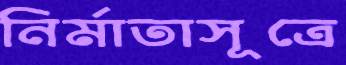
নির্মাতাসূত্রে